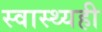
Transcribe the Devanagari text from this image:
स्वास्थ्यही